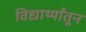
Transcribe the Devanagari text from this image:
विद्यार्थ्यांतून